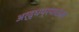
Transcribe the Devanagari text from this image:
अर्द्धप्रपाठक